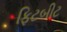
ફિટબીટ